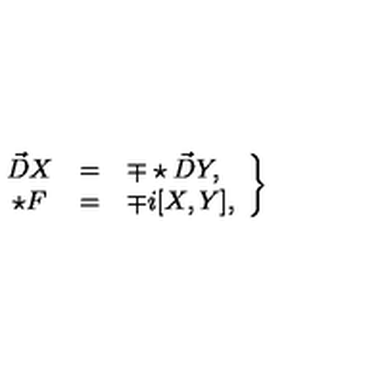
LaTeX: \left. \begin{array} { c c l } { \vec { D } X } & { = } & { \mp \star \vec { D } Y , } \\ { \star F } & { = } & { \mp i [ X , Y ] , } \\ \end{array} \right\}